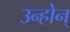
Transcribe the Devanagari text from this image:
उन्होन्